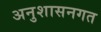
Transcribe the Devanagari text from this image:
अनुशासनगत